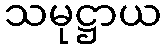
သမုဋ္ဌာယ